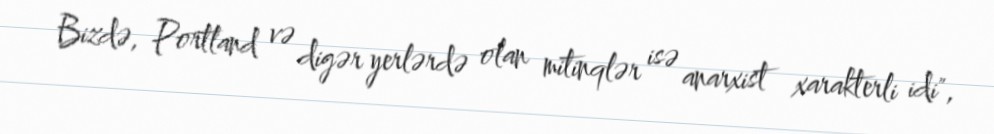
Bizdə, Portland və digər yerlərdə olan mitinqlər isə anarxist xarakterli idi",